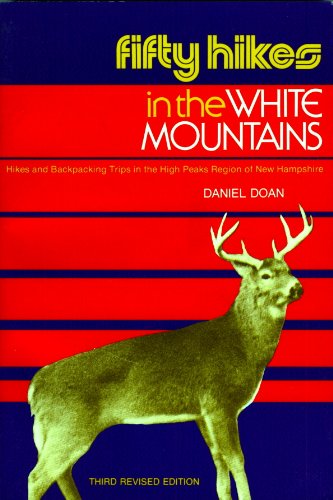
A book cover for Fifty Hikes in the White Mountains: Hikes and Backpacking Trips in the High Peaks Region of New Hampshire; Daniel Doan; Travel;